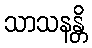
သာသနန္တိ